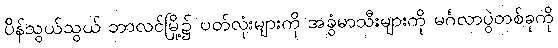
ပိန်သွယ်သွယ် ဘာလင်မြို့၌ ပတ်လုံးများကို အခွံမာသီးများကို မင်္ဂလာပွဲတစ်ခုကို